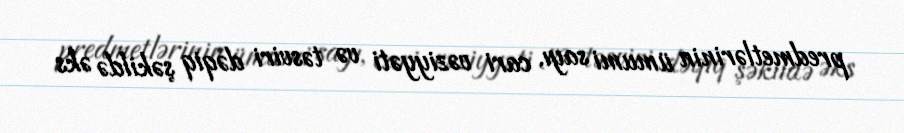
predmetlərinin ümumi sayı, cari vəziyyəti və təsviri dəqiq şəkildə əks